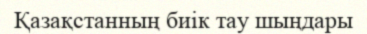
Қазақстанның биік тау шыңдары